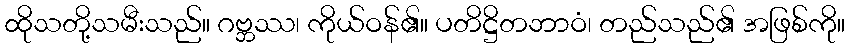
ထိုသတို့သမီးသည်။ ဂဗ္ဘဿ၊ ကိုယ်ဝန်၏။ ပတိဋ္ဌိတဘာဝံ၊ တည်သည်၏ အဖြစ်ကို။